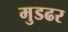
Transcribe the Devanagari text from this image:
मुडढर